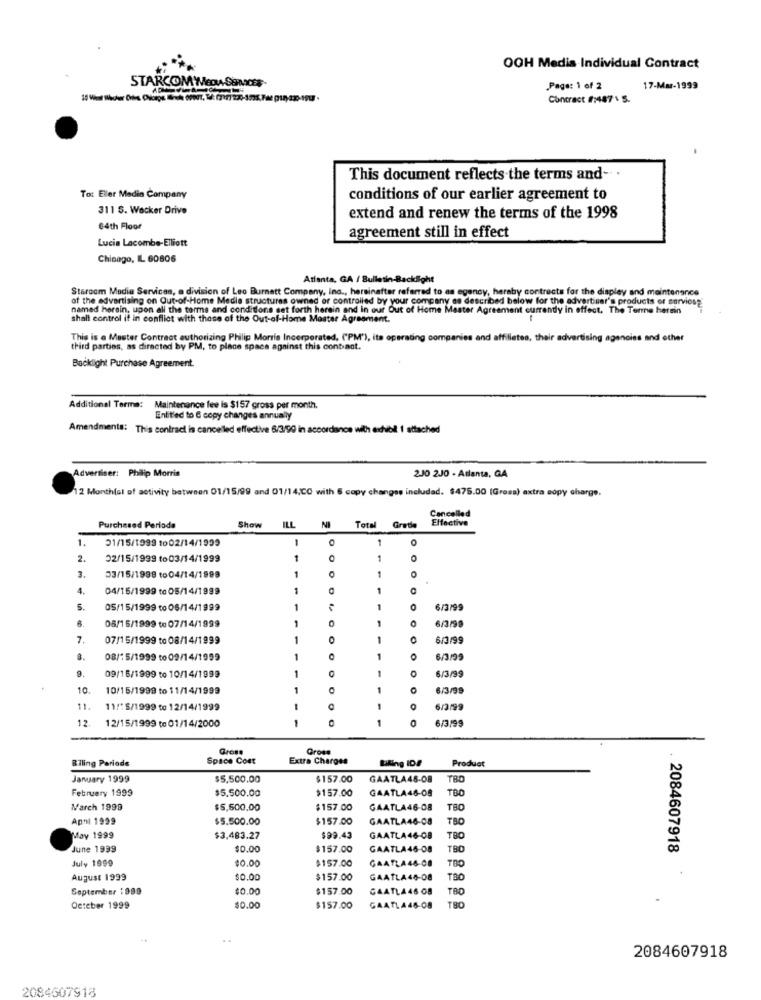
OOH Medis Individual Contract
STARCOM WEDA SOMCES
Page: 1 of 2
17-Mar-1999
Contract #:487 . 5.
This document reflects the terms and-
To: Eller Medin Company
conditions of our earlier agreement to
311 S. Wacker Drive
extend and renew the terms of the 1998
€4th Floor
Lucia Lacombe-Elliott
agreement still in effect
Chicago, IL 60806
Atlanta, GA / Bulletin-Backlight
Starcom Media Services, a division of Leo Burnett Company, Inc ., hersinafter referred to as egency, heraby contracts for the display and maintenance
af the advertising on Out-of-Home Media structures owned or controlled by your company as described below for the advertiser's products or serviosg"
named herein, upon all the terms and conditions set forth herein and In our Out of Home Master Agreement currently in effect. The Terme herein
shall control it in conflict with those of the Out-of-Home Master Agreement.
This is a Master Contract authorizing Philip Morris Incorporated, ("PM'), its operating companies and affiliates, their advertising agencies and other
third parties, as directed by PM, to place space against this contact.
Backlight Purchase Agreement.
Additional Terma: Maintenance fee is $157 gross per month.
Entitled to & copy changes annually
Amendments: This contract is cancelled effective 6/3/90 in accordance with exhibil 1 attached
Advertiser: Philip Morris
2J0 2J0 - Atlanta, GA
2 Month(sl of activity between 01/15/99 and 01/14:CO with 6 copy changes included. $475.00 (Grosa) extra copy charge.
Cancelled
ILL
NI
Effective
Purchased Periode
Show
Total
Gratis
01/15/1999 to02/14/1999
1
1
O
2.
02/15/1999 to03/14/1999
1
O
1
3.
1
0
03/15/1998 to04/14/1998
4.
04/15/1999 to 05/14/1999
1
1
S.
OS/15/1999 to 06/14/1999
1
0
6/3/99
6/3/99
06/15/1999 to 07/14/1999
1
7.
07/15/1999 to 08/14/1999
1
6/3/99
08/15/1999 to09/14/1999
1
1
0
6/3/99
09/16/1999 to 10/14/1999
1
6/3/99
10
10/15/1999 to 11/14/1999
6/3/99
11.
11/5/1999 to 12/14/1999
6/3/99
12.
1
12/15/1999 to 01/14/2000
Gross
Gross
Riling Pariode
Spice Coet
Extra Charges
Liking IDF
Product
January 1999
$5,500.00
$157.00
GAATLA48-08
TRO
February 1999
$5,500.00
$157.00
GAATLA46-08
TBO
March 1999
$5,500,00
$157.00
GAATLA46-08
TBO
Apnl 1999
$5.500.00
$157.00
GAATLA46-08
TBO
May 1999
$3,483.27
$99.43
GAATLA46-08
TRO
June 1939
$0.00
$157.00
GAATLA46-08
TBO
2084607918
July 1999
10.00
$157.00
GAATLA46-08
August 1999
$0.00
$157.00
GAATLA46-08
September 1989
$0.00
$157.00
GAATLA 46 08
TBO
TRO
Oeteber 1999
$0.00
$157.00
GAATLA46-08
..
2084607918
2084607918